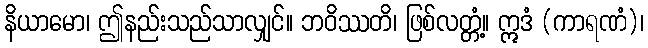
နိယာမော၊ ဤနည်းသည်သာလျှင်။ ဘဝိဿတိ၊ ဖြစ်လတ္တံ့။ ဣဒံ (ကာရဏံ)၊